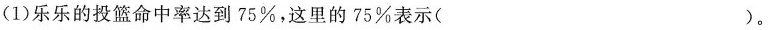
(1)乐乐的投篮命中率达到75%，这里的75%表示( )。